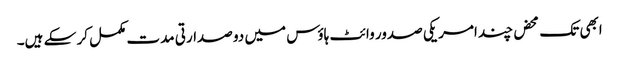
ابھی تک محض چند امریکی صدور وائٹ ہاؤس میں دو صدارتی مدت مکمل کر سکے ہیں۔